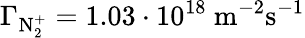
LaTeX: \Gamma_{\mathrm{N_{2}^{+}}}=1.03\cdot 10^{18}~\mathrm{m}^{-2}\mathrm{s}^{-1}